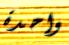
واحدة